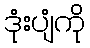
ဒုံးပျံကို